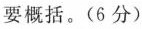
要概括。(6分)